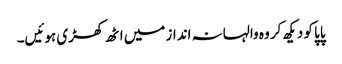
پاپا کو دیکھ کر وہ والہانہ انداز میں اٹھ کھڑی ہوئیں۔